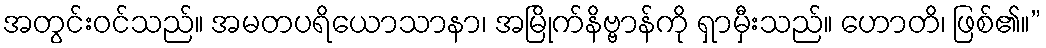
အတွင်းဝင်သည်။ အမတပရိယောသာနာ၊ အမြိုက်နိဗ္ဗာန်ကို ရှာမှီးသည်။ ဟောတိ၊ ဖြစ်၏။”